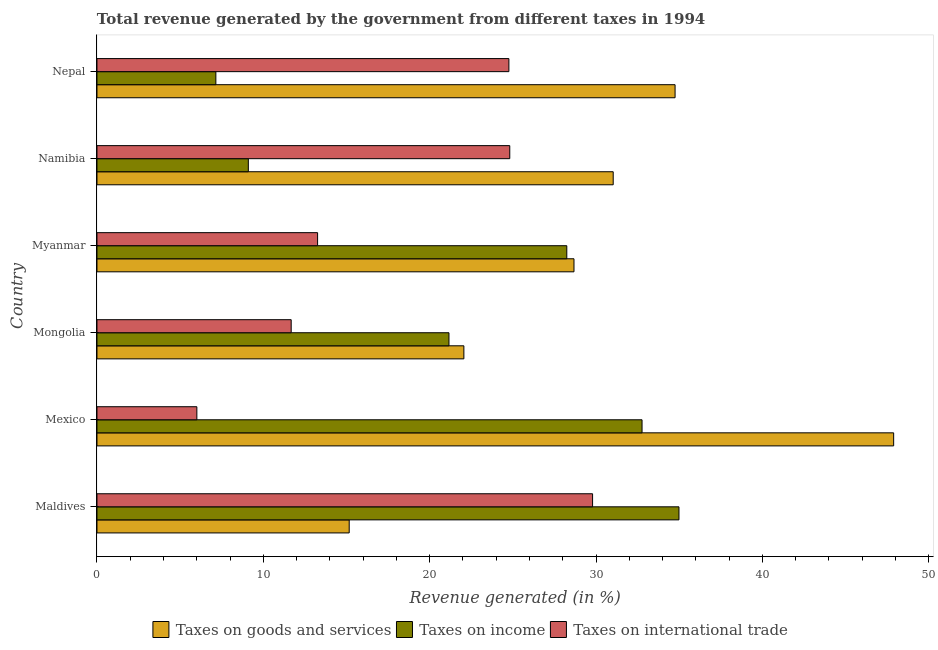
| Country | Taxes on goods and services | Taxes on income | Taxes on international trade |
 | --- | --- | --- | --- |
 | Maldives | 15.2 | 35 | 29.8 |
 | Mexico | 47.9 | 32.8 | 6 |
 | Mongolia | 22.1 | 21.2 | 11.7 |
 | Myanmar | 28.7 | 28.2 | 13.3 |
 | Namibia | 31 | 9.1 | 24.8 |
 | Nepal | 34.8 | 7.15 | 24.8 |